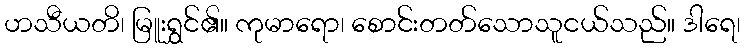
ဟသီယတိ၊ မြူးရွှင်၏။ ကုမာရော၊ စောင်းတတ်သောသူငယ်သည်။ ဒါရေ၊